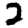
Digit: 2